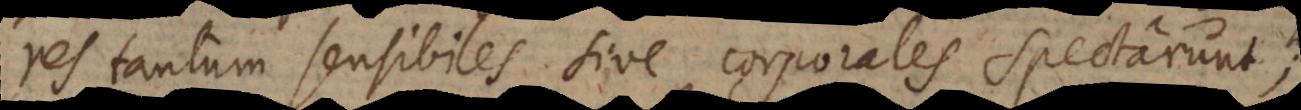
res tantum sensibiles sive corporales spectarunt;